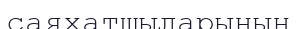
саяхатшыларының